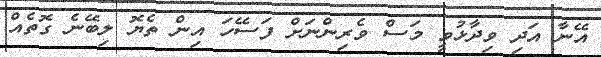
އޭނާ އަދި ވިދާޅުވީ މަސް ވެރިންނަށް ފަސޭހަ އިން ތެޔޮ ލިބޭނެ ގޮތެއް